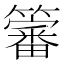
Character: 𮆳